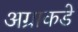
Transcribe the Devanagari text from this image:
अग्राकडे